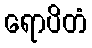
ရောပိတံ